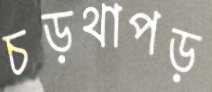
চড়থাপড়